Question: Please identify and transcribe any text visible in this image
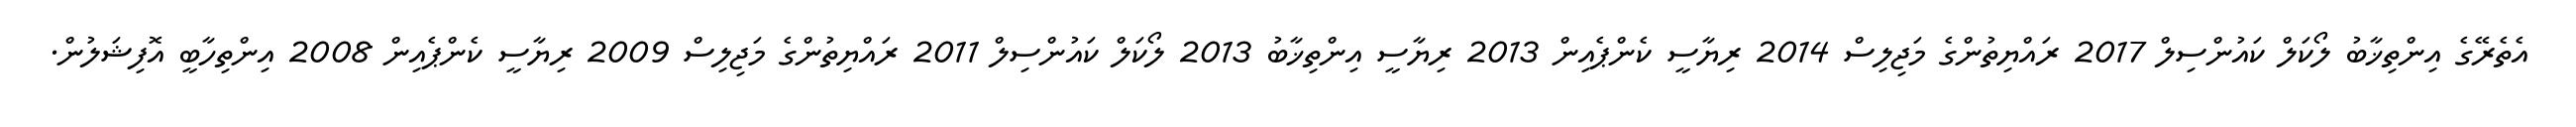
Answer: އެތެރޭގެ އިންތިޚާބު ލޯކަލް ކައުންސިލް 2017 ރައްޔިތުންގެ މަޖިލިސް 2014 ރިޔާސީ ކެންޕެއިން 2013 ރިޔާސީ އިންތިޚާބު 2013 ލޯކަލް ކައުންސިލް 2011 ރައްޔިތުންގެ މަޖިލިސް 2009 ރިޔާސީ ކެންޕެއިން 2008 އިންތިހާބީ އޮފިޝަލުން.